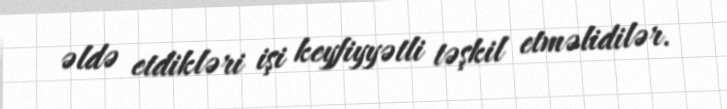
əldə etdikləri işi keyfiyyətli təşkil etməlidilər.